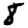
Digit: 8